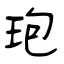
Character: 玸